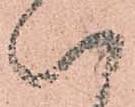
い